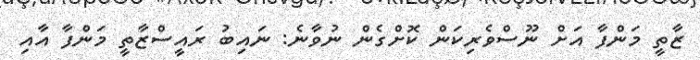
ޒާތީ މަންފާ އަށް ނޫސްވެރިކަން ކޮށްގެން ނުވާނެ: ނައިބު ރައީސްޒާތީ މަންފާ އާއި